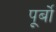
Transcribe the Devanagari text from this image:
पूर्बो